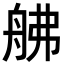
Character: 𦨡